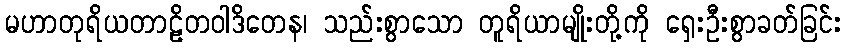
မဟာတုရိယတာဠိတဝါဒိတေန၊ သည်းစွာသော တူရိယာမျိုးတို့ကို ရှေးဦးစွာခတ်ခြင်း